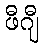
ဖီဂျီ